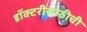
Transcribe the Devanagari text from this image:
डॉक्टरीसाठीची